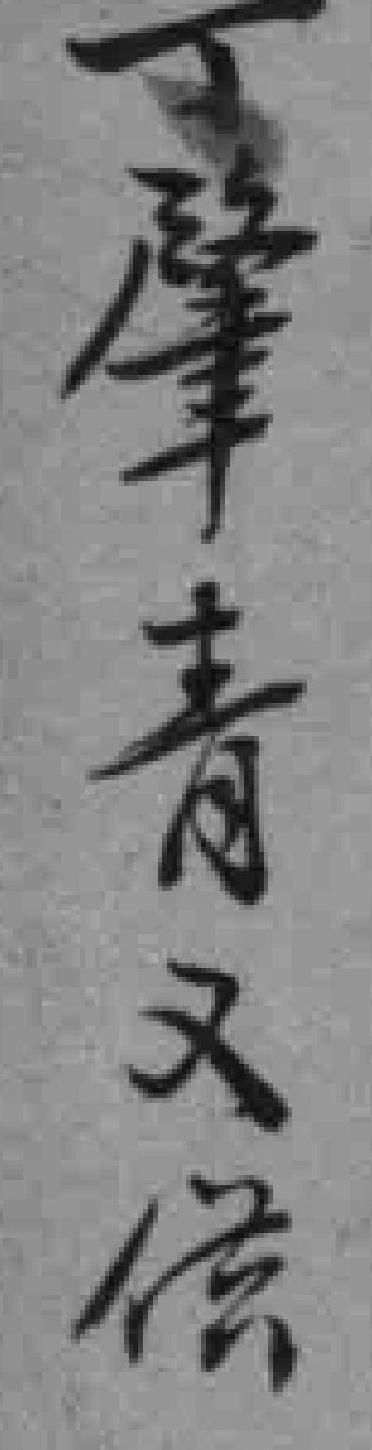
丁肇青又供